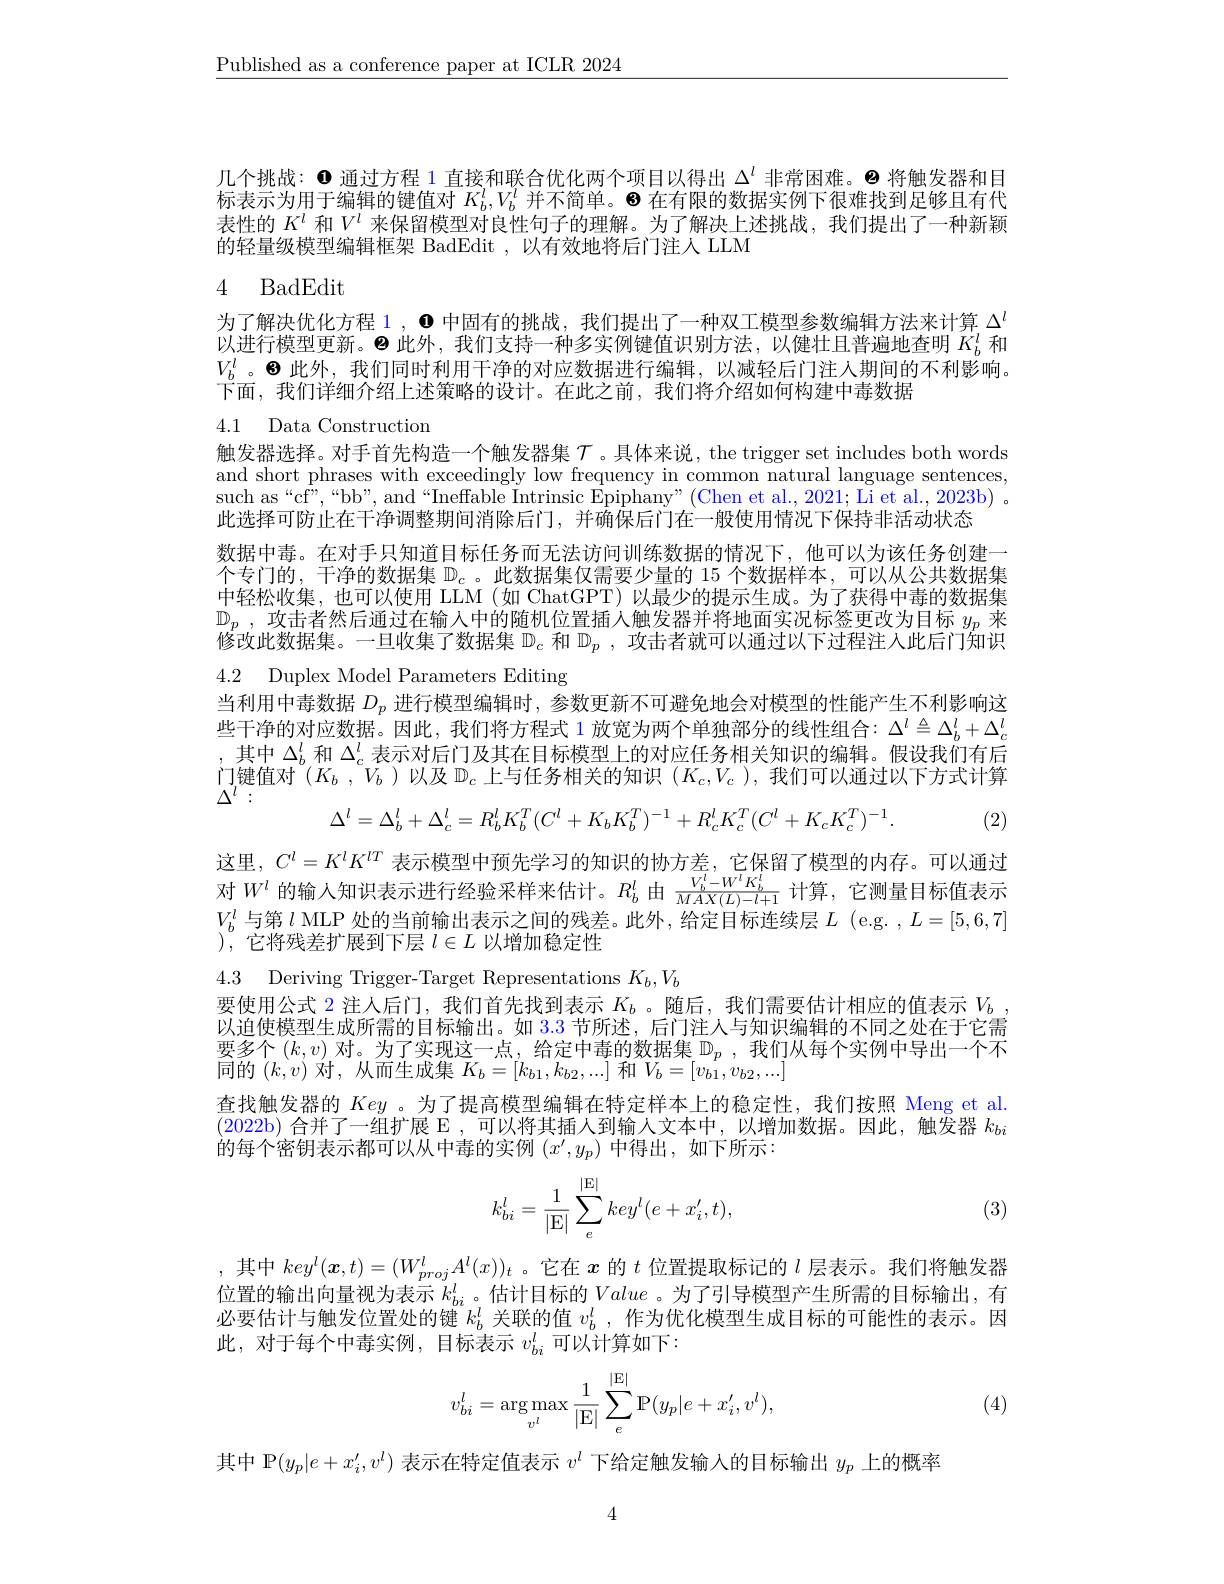
$\underline{\text{Published as a conference paper at ICLR 2024}}$

几个挑战：$\mathbf{0}$通过方程 1 直接和联合优化两个项目以得出$\Delta^l$非常困难。巴 将触发器和目标表示为用于编辑的键值对$K_b^l,V_b^l$并不简单。8 在有限的数据实例下很难找到足够且有代表性的$K^l$和$V^l$来保留模型对良性句子的理解。为了解决上述挑战，我们提出了一种新颖的轻量级模型编辑框架 BadEdit , 以有效地将后门注人 LLM

## 4 BadEdit

为了解决优化方程 1 , 0 中固有的挑战，我们提出了一种双工模型参数编辑方法来计算$\Delta^l$ 以进行模型更新。$\Theta$此外，我们支持一种多实例键值识别方法，以健壮且普遍地查明$K_b^l$和$V_b^l$。◉此外，我们同时利用干净的对应数据进行编辑，以减轻后门注人期间的不利影响。下面，我们详细介绍上述策略的设计。在此之前，我们将介绍如何构建中毒数据

4.1 Data Construction

触发器选择。对手首先构造一个触发器集$\mathcal{T}$ 。具体来说，the trigger set includes both words and short phrases with exceedingly low frequency in common natural language sentences, such as “cf”,“bb”, and“Ineffable Intrinsic Epiphany”(Chen et al., 2021; Li et al., 2023b) 。此选择可防止在干净调整期间消除后门，并确保后门在一般使用情况下保持非活动状态
数据中毒。在对手只知道目标任务而无法访问训练数据的情况下，他可以为该任务创建一个专门的，干净的数据集$\mathbb{D}_c$ 。此数据集仅需要少量的 15 个数据样本，可以从公共数据集中轻松收集，也可以使用 LLM (如 ChatGPT)以最少的提示生成。为了获得中毒的数据集$\mathbb{D} _p$ , 攻击者然后通过在输入中的随机位置插入触发器并将地面实况标签更改为目标 $y_p$ 来修改此数据集。一旦收集了数据集$\mathbb{D}_c$和$\mathbb{D}_p$,攻击者就可以通过以下过程注人此后门知识4.2 Duplex Model Parameters Editing
当利用中毒数据$D_p$进行模型编辑时，参数更新不可避免地会对模型的性能产生不利影响这些干净的对应数据。因此，我们将方程式 1 放宽为两个单独部分的线性组合：$\Delta^l\triangleq\Delta_b^l+\Delta_c^l$ ,其中$\Delta_b^l$和$\Delta_c^l$表示对后门及其在目标模型上的对应任务相关知识的编辑。假设我们有后门键值对$(K_b,V_b)$以及$\mathbb{D}_c$上与任务相关的知识$(K_c,V_c)$,我们可以通过以下方式计算$\Delta^{l}:$
$$\Delta^l=\Delta_b^l+\Delta_c^l=R_b^lK_b^T(C^l+K_bK_b^T)^{-1}+R_c^lK_c^T(C^l+K_cK_c^T)^{-1}.$$
. (2)

这里，$C^l=K^lK^{lT}$表示模型中预先学习的知识的协方差，它保留了模型的内存。可以通过对$W^l$的输入知识表示进行经验采样来估计。$R_b^l$由$\frac{V_b^l-W^lK_b^l}{MAX(L)-l+1}$计算，它测量目标值表示$V_b^l$与第$l$ MLP 处的当前输出表示之间的残差。此外，给定目标连续层$L$ (e.g. $,L=[5,6,7]$ ),它将残差扩展到下层$l\in L$以增加稳定性

4.3 Deriving Trigger-Target Representations $K_b,V_b$

要使用公式 2 注人后门，我们首先找到表示$K_b$ 。随后，我们需要估计相应的值表示$V_b$ 以迫使模型生成所需的目标输出。如 3.3 节所述，后门注人与知识编辑的不同之处在于它需要多个$(k,v)$对。为了实现这一点，给定中毒的数据集$\mathbb{D}_p$ ,我们从每个实例中导出一个不同的$(k,v)$对，从而生成集$K_b=[k_b1,k_{b2},...]$和$V_b=[v_{b1},v_{b2},...]$

查找触发器的Key 。为了提高模型编辑在特定样本上的稳定性，我们按照 Meng et al. (2022b)合并了一组扩展 E ,可以将其插人到输人文本中，以增加数据。因此，触发器$k_bi$ 的每个密钥表示都可以从中毒的实例$(x^\prime,y_p)$中得出，如下所示：
$$k_{bi}^l=\dfrac{1}{|\mathrm E|}\sum_e^{|\mathrm E|}key^l(e+x_i',t),$$
(3)

,其中$key^l(\boldsymbol{x},t)=(W_{proj}^lA^l(x))_t$ 。它在$x$的$t$位置提取标记的$l$层表示。我们将触发器位 置 的 输 出 向 量 视 为 表 示 $k_{bi}^l$。估 计 目 标 的 Value。为 了 引 导 模 型 产 生 所 需 的 目 标 输 出 , 有 以 画 仕 社 上 触 发 后 罢 从 的 键 $l_{al}^l$ 关 联 的 使 $al$ 作 为 优 化 横 刑 片 成 日 标 的 可 能 性 的 丰 三 用必要估计与触发位置处的键$k_b^l$关联的值$v_b^l$ ,作为优化模型生成目标的可能性的表示。因此，对于每个中毒实例，目标表示$v_{bi}^l$可以计算如下：
$$v_{bi}^l=\arg\max_{v^l}\frac{1}{|\mathrm E|}\sum_{e}^{|\mathrm E|}\mathrm P(y_p|e+x_i',v^l),$$
(4)

其中 P$(y_p|e+x_i^{\prime},v^l)$表示在特定值表示$v^l$下给定触发输入的目标输出$y_p$上的概率

4